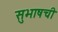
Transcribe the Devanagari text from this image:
सुभाषची